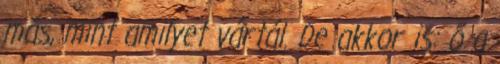
más, mint amilyet vártál. De akkor is: ő a